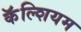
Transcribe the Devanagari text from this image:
कॅॅल्शियम